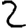
Digit: 2